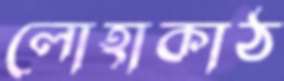
লোহাকাঠ